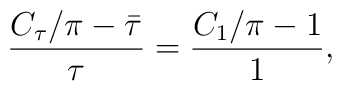
\frac{C_{\tau}/\pi-\bar{\tau}}{\tau}=\frac{C_1/\pi-1}{1},